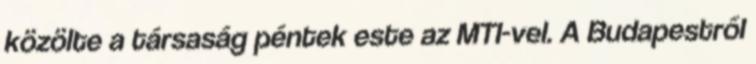
közölte a társaság péntek este az MTI-vel. A Budapestről